Civil Veterinary Dept. North-West Frontier Province 1901-22 - 1901-1922
Year: 1901
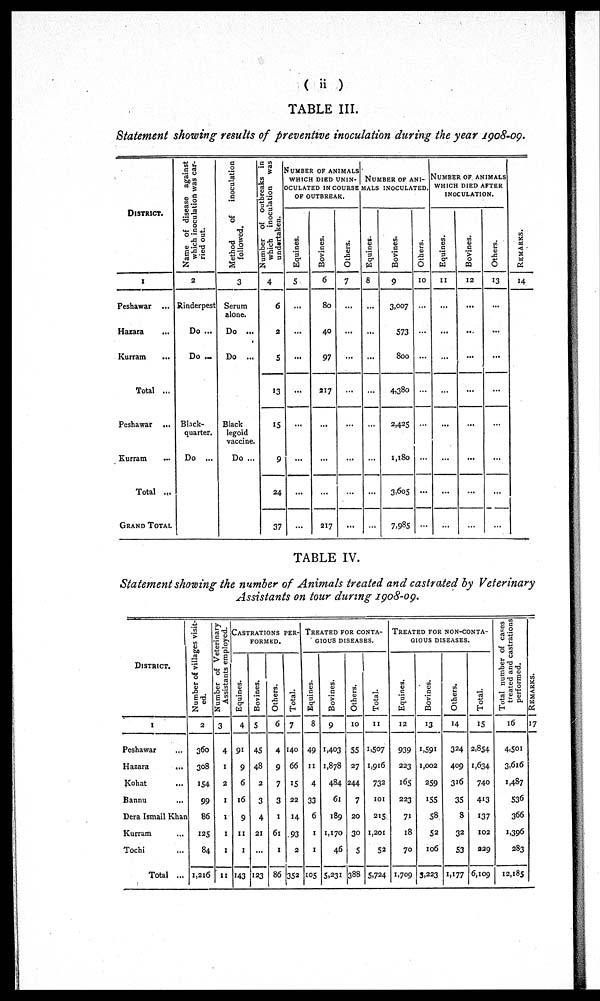
( ii )
TABLE III.
Statement showing results of preventive inoculation during the year 1908-09.
DISTRICT.
1
Peshawar ...
Hazara ...
Kurram
...
Total ...
Peshawar ...
Kurram ...
Total ...
GRAND TOTAL
Name of disease against
which inoculation was car-
ried out.
2
Rinderpest
Do ...
Do ...
Black¬
quarter.
Do ...
Method of
inoculation
followed.
3
Serum
alone.
Do ...
Do ...
Black
legoid
vaccine.
Do ...
Number of outbreaks in
which inoculation
was
undertaken.
4
6
2
5
13
15
9
24
37
NUMBER OF ANIMALS
WHICH DIED UNIN¬
OCULATED IN COURSE
OF OUTBREAK.
Equines.
5
...
...
...
...
...
...
...
...
Bovines.
6
82
40
97
217
...
...
...
217
Others.
7
...
...
...
...
...
...
...
...
NUMBER OF ANI-
MALS
INOCULATED.
Equines.
8
...
...
...
...
...
...
...
...
Bovines.
9
3,007
573
800
4,380
2,425
1,180
3,605
7,985
Others.
10
...
...
...
...
...
...
...
...
NUMBER OF ANIMALS
WHICH DIED AFTER
INOCULATION.
Equines.
II
...
...
...
...
...
...
...
...
Bovines.
12
...
...
...
...
...
...
...
...
Others.
13
...
...
...
...
...
...
...
...
RE MARKS .
14
TABLE IV.
Statement showing the number of Animals treated and castrated by Veterinary
Assistants on tour during 1908-09.
DISTRICT.
1
Peshawar ...
Hazara
...
Kohat ...
Bannu ...
Dera Ismail Khan
Kurram ...
Tochi ...
Total ...
Number of villages visit-
ed.
2
360
308
154
99
86
125
84
1,216
Number of Veterinary
Assistants employed.
3
4
1
2
1
1
1
1
11
CASTRATIONS PER¬
FORMED.
Equines.
4
91
9
6
16
9
11
1
143
Bovines.
5
45
48
2
3
4
21
...
123
Others.
6
4
9
7
3
1
61
1
86
Total.
7
140
66
15
22
14
93
2
352
TREATED FOR CONTA-
GIOUS
DISEASES.
Equines.
8
49
11
4
33
6
1
1
105
Bovines.
9
1,403
1,878
484
61
189
1,170
46
5,231
Others.
10
55
27
244
7
20
30
5
388
Total.
11
1,507
1,916
732
101
215
1,201
52
5,724
TREATED FOR NON-CONTA¬
GIOUS DISEASES.
Equines.
12
939
223
165
223
71
18
70
1,709
Bovines.
13
1,59l
1,002
259
155
58
52
106
3,223
Others.
14
324
409
316
35
8
32
53
1,177
Total.
15
2,854
1,634
740
413
137
102
229
6,109
Total number of cases
treated and castrations
performed.
16
4,501
3,616
1,487
536
366
1,396
283
12,185
RE MARKS .
17